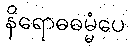
နိရောဓဓမ္မံပေ